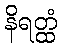
နိရတ္ထံ